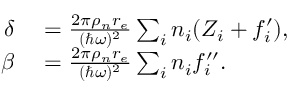
\begin{array} { r l } { \delta } & { { } = \frac { 2 \pi \rho _ { n } r _ { e } } { ( \hbar \omega ) ^ { 2 } } \sum _ { i } n _ { i } ( Z _ { i } + f _ { i } ^ { \prime } ) , } \\ { \beta } & { { } = \frac { 2 \pi \rho _ { n } r _ { e } } { ( \hbar \omega ) ^ { 2 } } \sum _ { i } n _ { i } f _ { i } ^ { \prime \prime } . } \end{array}